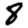
Digit: 8